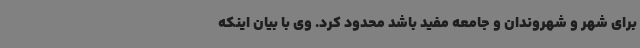
برای شهر و شهروندان و جامعه مفید باشد محدود کرد. وی با بیان اینکه